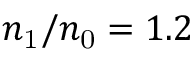
n _ { \mathrm { 1 } } / n _ { \mathrm { 0 } } = 1 . 2